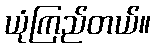
ယုံကြည်တယ်။